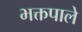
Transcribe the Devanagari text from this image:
भक्तपाले